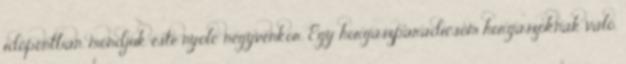
időpontban, mondjuk este nyolc negyvenkor. Egy horgászparadicsom horgászoknak való,